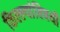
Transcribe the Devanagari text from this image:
किल्ल्यांविषयी